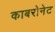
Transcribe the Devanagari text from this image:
काबरोनेट